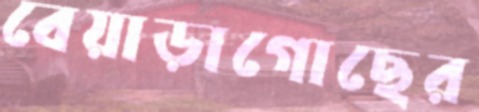
বেয়াড়াগোছের